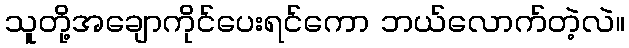
သူတို့အချောကိုင်ပေးရင်ကော ဘယ်လောက်တဲ့လဲ။